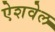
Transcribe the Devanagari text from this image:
ऐशवेल